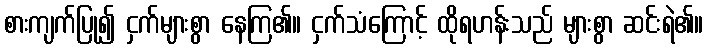
စားကျက်ပြု၍ ငှက်များစွာ နေကြ၏။ ငှက်သံကြောင့် ထိုရဟန်းသည် များစွာ ဆင်းရဲ၏။